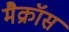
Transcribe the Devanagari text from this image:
मैक्रॉस